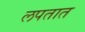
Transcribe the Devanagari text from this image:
लपतात